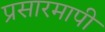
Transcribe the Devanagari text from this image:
प्रसारमापी